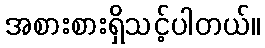
အစားစားရှိသင့်ပါတယ်။